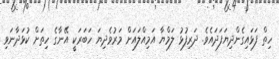
ހިތް ފަޅައިގެންދިޔަފަދައެވެ. ދަރިފުޅު ލަމްޔާ އަމިއްލައަށް މަރުވެދިޔަ ހަބަރަކީ އޭނާގެ ހިތަށް ކުޅަދާނަވި